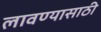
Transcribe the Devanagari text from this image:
लावण्‍यासाठी